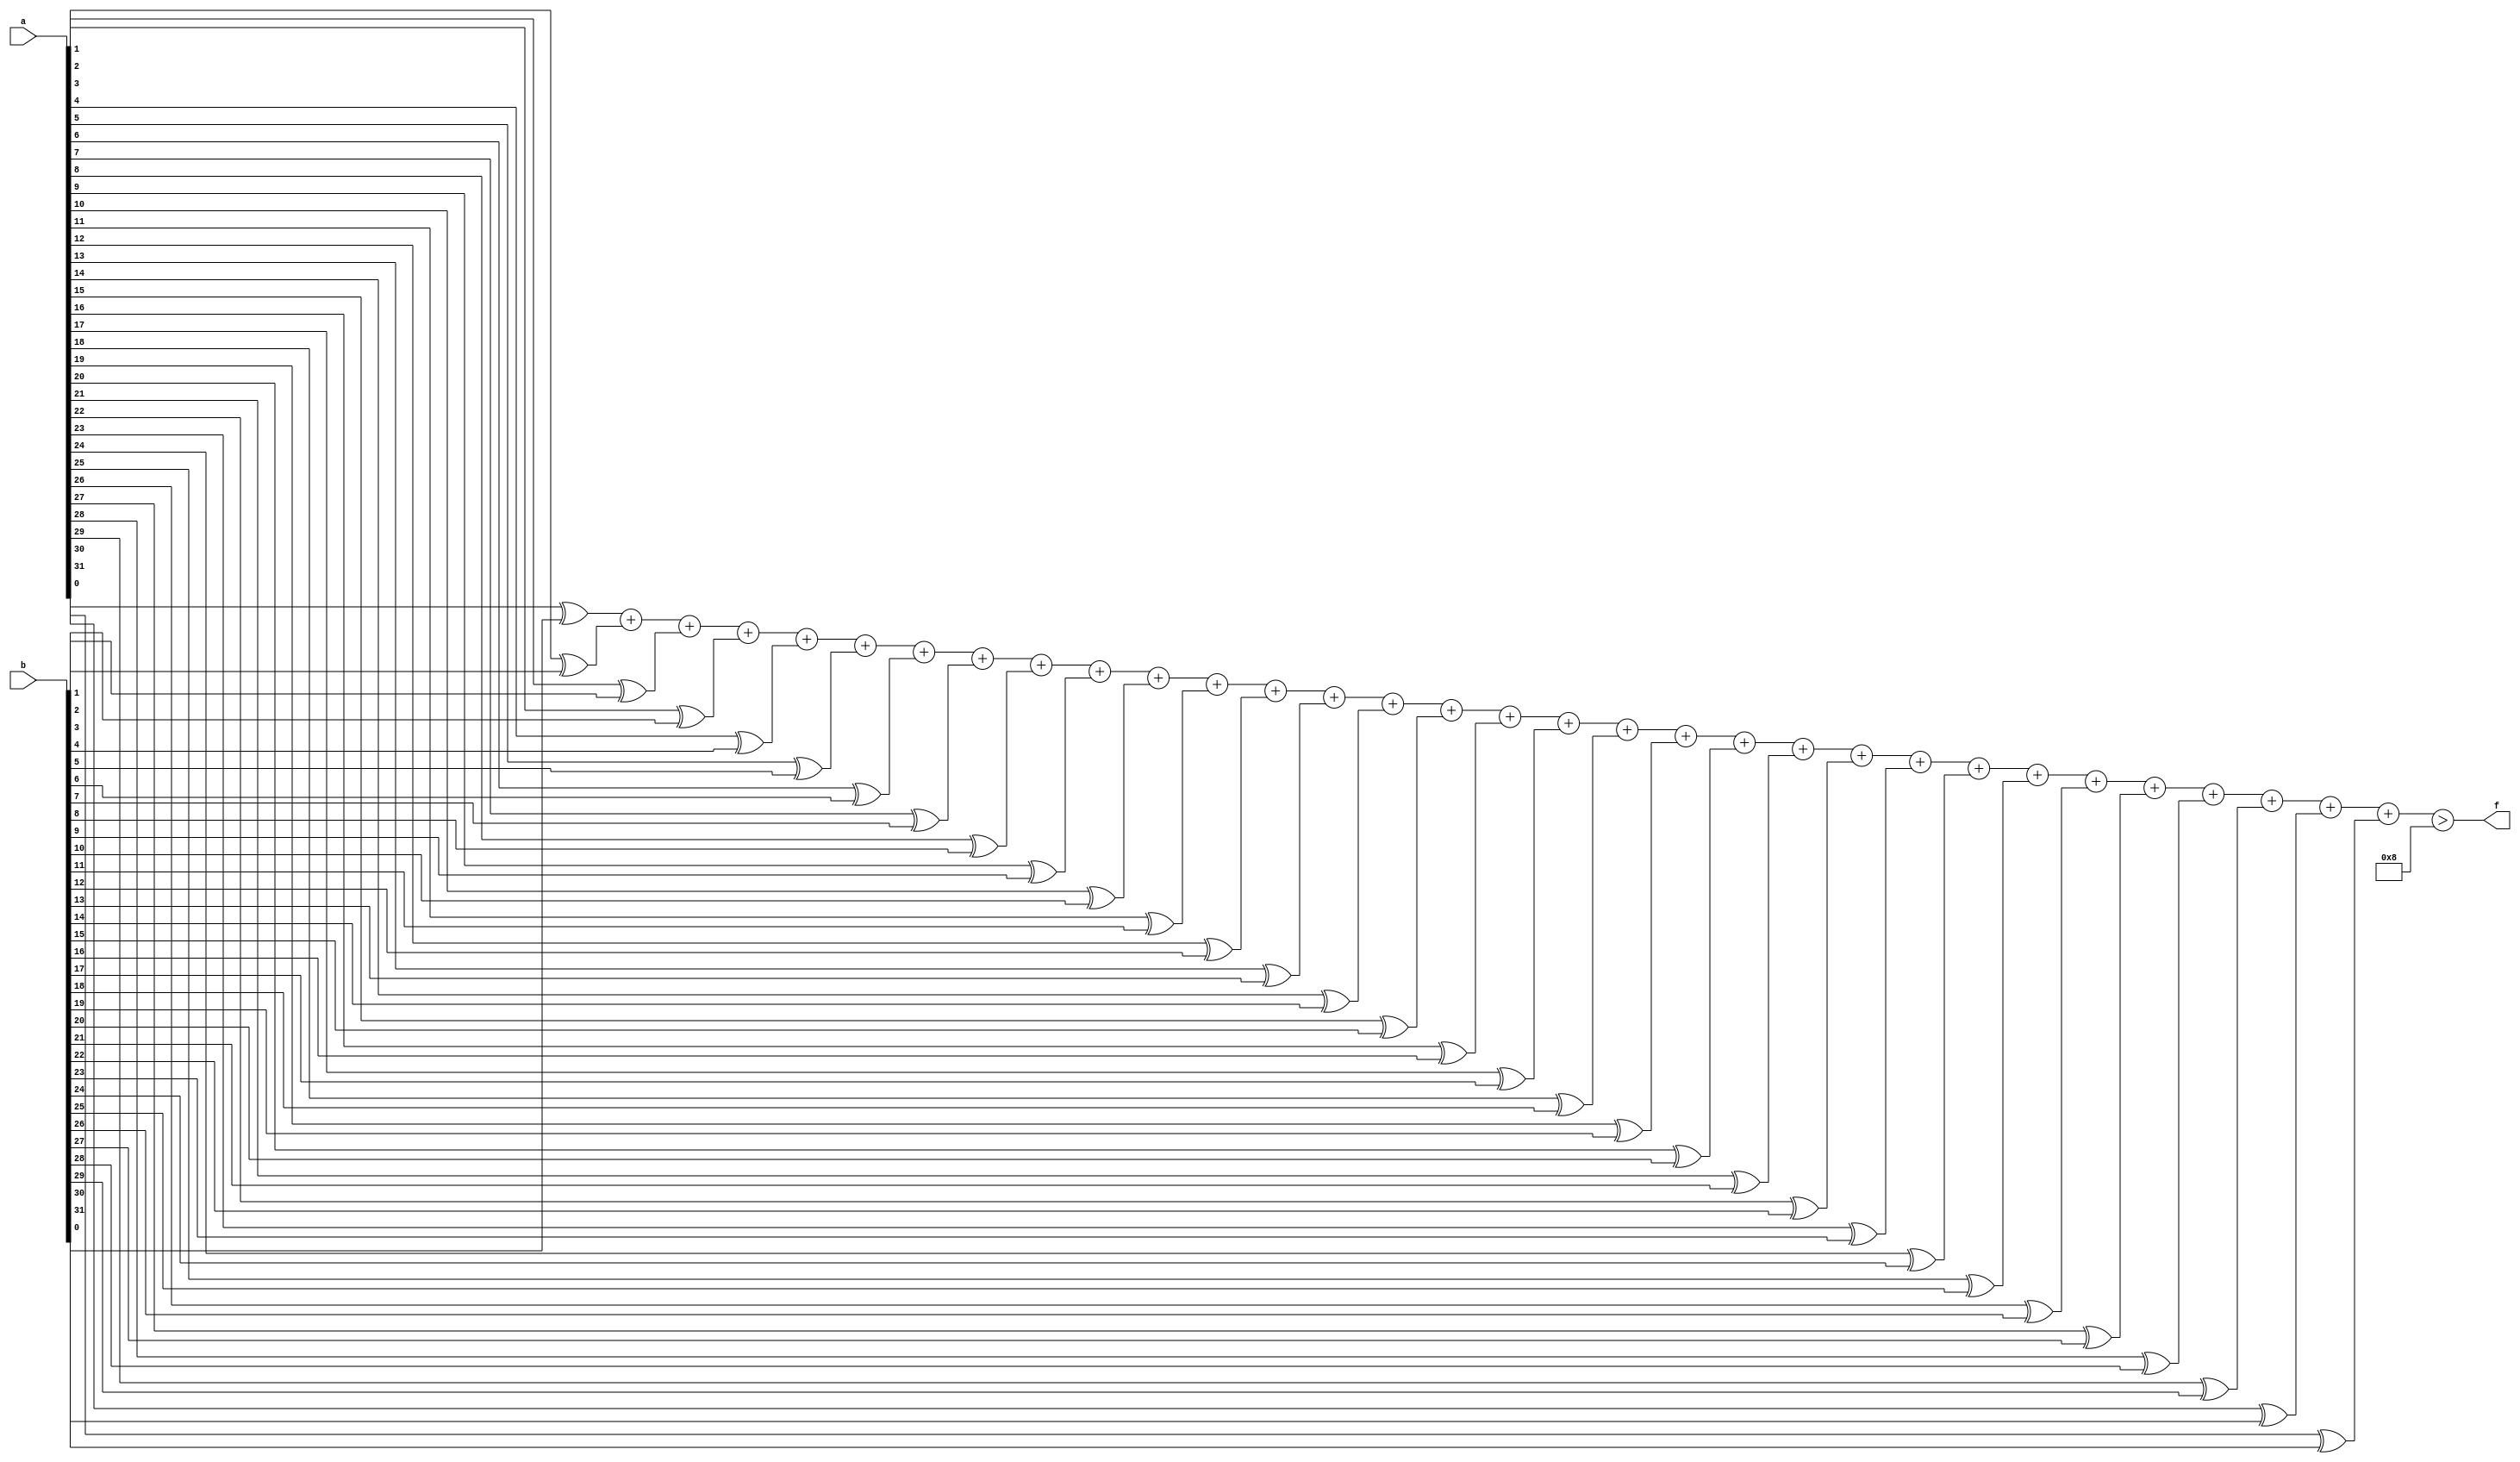
module mhd_mit(a, b, f);
parameter _bit = 32;
parameter mhd = 8;
input [_bit - 1: 0] a;
input [_bit - 1: 0] b;
output f;
wire [_bit - 1: 0] diff;
wire [5: 0] sum;
assign diff[0] = a[0] ^ b[0];
assign diff[1] = a[1] ^ b[1];
assign diff[2] = a[2] ^ b[2];
assign diff[3] = a[3] ^ b[3];
assign diff[4] = a[4] ^ b[4];
assign diff[5] = a[5] ^ b[5];
assign diff[6] = a[6] ^ b[6];
assign diff[7] = a[7] ^ b[7];
assign diff[8] = a[8] ^ b[8];
assign diff[9] = a[9] ^ b[9];
assign diff[10] = a[10] ^ b[10];
assign diff[11] = a[11] ^ b[11];
assign diff[12] = a[12] ^ b[12];
assign diff[13] = a[13] ^ b[13];
assign diff[14] = a[14] ^ b[14];
assign diff[15] = a[15] ^ b[15];
assign diff[16] = a[16] ^ b[16];
assign diff[17] = a[17] ^ b[17];
assign diff[18] = a[18] ^ b[18];
assign diff[19] = a[19] ^ b[19];
assign diff[20] = a[20] ^ b[20];
assign diff[21] = a[21] ^ b[21];
assign diff[22] = a[22] ^ b[22];
assign diff[23] = a[23] ^ b[23];
assign diff[24] = a[24] ^ b[24];
assign diff[25] = a[25] ^ b[25];
assign diff[26] = a[26] ^ b[26];
assign diff[27] = a[27] ^ b[27];
assign diff[28] = a[28] ^ b[28];
assign diff[29] = a[29] ^ b[29];
assign diff[30] = a[30] ^ b[30];
assign diff[31] = a[31] ^ b[31];
assign sum = diff[0] + diff[1] + diff[2] + diff[3] + diff[4] + diff[5] + diff[6] + diff[7] + diff[8] + diff[9] + diff[10] + diff[11] + diff[12] + diff[13] + diff[14] + diff[15] + diff[16] + diff[17] + diff[18] + diff[19] + diff[20] + diff[21] + diff[22] + diff[23] + diff[24] + diff[25] + diff[26] + diff[27] + diff[28] + diff[29] + diff[30] + diff[31];
assign f = (sum > mhd);
endmodule